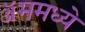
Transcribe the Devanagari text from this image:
ॲममध्ये